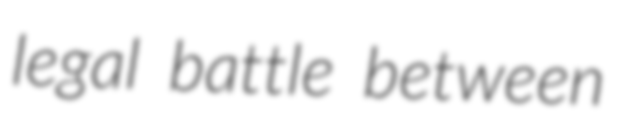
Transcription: legal battle between